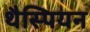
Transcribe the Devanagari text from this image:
थैस्पियन